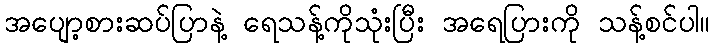
အပျော့စားဆပ်ပြာနဲ့ ရေသန့်ကိုသုံးပြီး အရေပြားကို သန့်စင်ပါ။